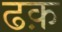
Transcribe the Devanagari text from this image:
ढक़